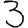
Digit: 3